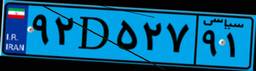
۹۲D۵۲۷۹۱